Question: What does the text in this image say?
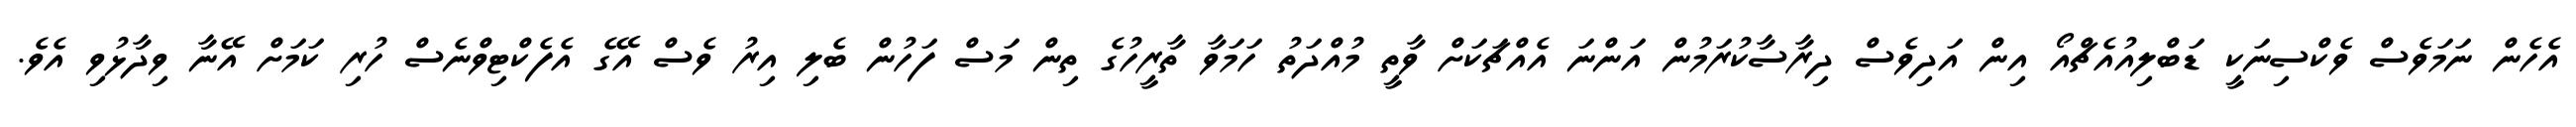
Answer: އެހެން ނަމަވެސް ވެކްސިނަކީ ޑަބްލިއުއެޗްއޯ އިން އަދިވެސް ދިރާސާކުރަމުން އަންނަ އެއްޗަކަށް ވާތީ މުއްދަތު ހަމަވާ ތާރީހުގެ ތިން މަސް ފަހުން ބެލި އިރު ވެސް އޭގެ އެފެކްޓިވްނެސް ހުރި ކަމަށް އޭނާ ވިދާޅުވި އެވެ.